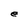
Character: e